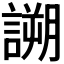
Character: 𧪜